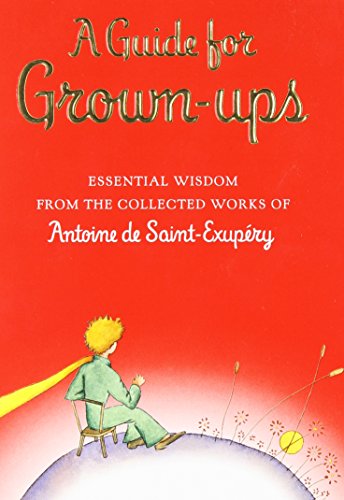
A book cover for A Guide for Grown-ups: Essential Wisdom from the Collected Works of Antoine de Saint-Exupry; Antoine de Saint-ExupÃ©ry; Reference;